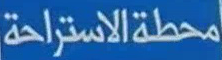
محطة الاستراحة